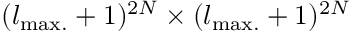
( l _ { \mathrm { { m a x . } } } + 1 ) ^ { 2 N } \times ( l _ { \mathrm { { m a x . } } } + 1 ) ^ { 2 N }